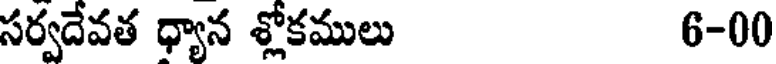
సర్వదేవత ధ్యాన శ్లోకములు 6-00